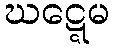
ဃဋ္ဋေမ